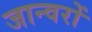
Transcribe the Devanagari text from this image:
जान्वरों